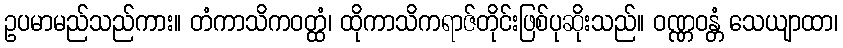
ဥပမာမည်သည်ကား။ တံကာသိကဝတ္ထံ၊ ထိုကာသိကရာဇ်တိုင်းဖြစ်ပုဆိုးသည်။ ဝဏ္ဏဝန္တံ သေယျာထာ၊